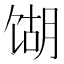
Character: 𫗫